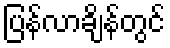
ပြန်လာချိန်တွင်